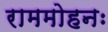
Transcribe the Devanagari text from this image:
राममोहनः